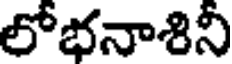
లోభనాశినీ